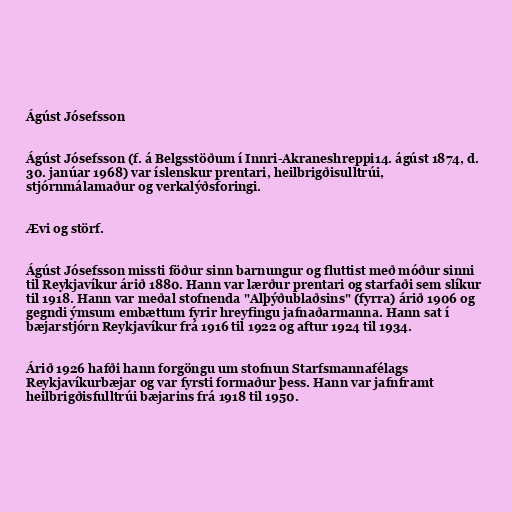
Ágúst Jósefsson

Ágúst Jósefsson (f. á Belgsstöðum í Innri-Akraneshreppi14. ágúst 1874, d.
30. janúar 1968) var íslenskur prentari, heilbrigðisulltrúi,
stjórnmálamaður og verkalýðsforingi.

Ævi og störf.

Ágúst Jósefsson missti föður sinn barnungur og fluttist með móður sinni
til Reykjavíkur árið 1880. Hann var lærður prentari og starfaði sem slíkur
til 1918. Hann var meðal stofnenda "Alþýðublaðsins" (fyrra) árið 1906 og
gegndi ýmsum embættum fyrir hreyfingu jafnaðarmanna. Hann sat í
bæjarstjórn Reykjavíkur frá 1916 til 1922 og aftur 1924 til 1934.

Árið 1926 hafði hann forgöngu um stofnun Starfsmannafélags
Reykjavíkurbæjar og var fyrsti formaður þess. Hann var jafnframt
heilbrigðisfulltrúi bæjarins frá 1918 til 1950.